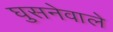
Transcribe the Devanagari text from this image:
घुसनेवाले